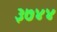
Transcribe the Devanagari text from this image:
३७४४